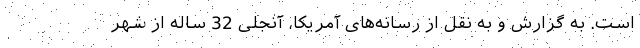
است. به گزارش و به نقل از رسانه‌های آمریکا، آنجلی 32 ساله از شهر